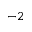
^ { - 2 }